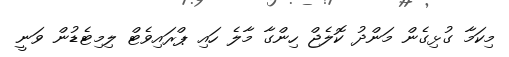
މިކަމާ ގުޅިގެން މަންދު ކޮލެޖް ހިންގާ މާލެ ހައި ޕްރައިވެޓް ލިމިޓެޑުން ވަނީ